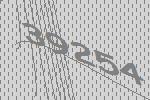
39254